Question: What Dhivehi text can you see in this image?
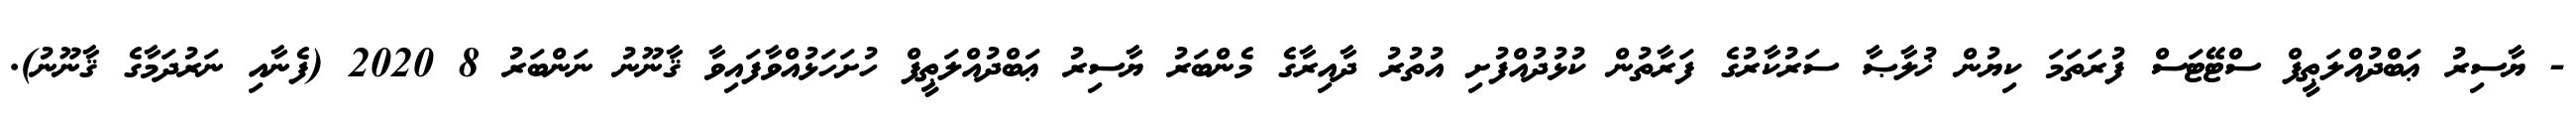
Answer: - ޔާސިރު ޢަބްދުއްލަޠީފް ސްޓޭޓަސް ފުރަތަމަ ކިޔުން ޚުލާޞާ ސަރުކާރުގެ ފަރާތުން ކުޅުދުއްފުށި އުތުރު ދާއިރާގެ މެންބަރު ޔާސިރު ޢަބްދުއްލަޠީފް ހުށަހަޅުއްވާފައިވާ ޤާނޫނު ނަންބަރު 8 2020 (ފެނާއި ނަރުދަމާގެ ޤާނޫނު).